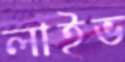
লাইভ